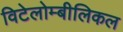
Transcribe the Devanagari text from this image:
विटेलोम्बीलिकल